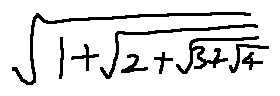
\sqrt { 1 + \sqrt { 2 + \sqrt { 3 + \sqrt { 4 } } } }